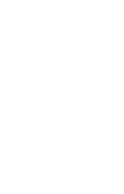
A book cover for Baedeker Tunisia/Book and Free Map (Baedeker's Tunisia); SONS; Travel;